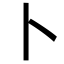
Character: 卜